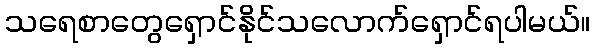
သရေစာတွေရှောင်နိုင်သလောက်ရှောင်ရပါမယ်။